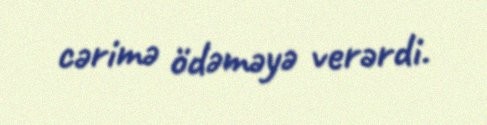
cərimə ödəməyə verərdi.